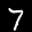
Label: 7